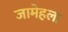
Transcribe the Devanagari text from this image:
जामेहला